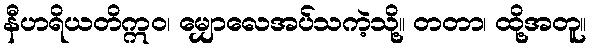
နီဟရိယတိဣဝ၊ မျှောလေအပ်သကဲ့သို့။ တတာ၊ ထို့အတူ။